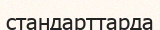
стандарттарда